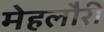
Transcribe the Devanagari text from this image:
मेहलौरी